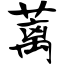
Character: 蓠